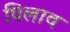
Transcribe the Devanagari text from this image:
पिलाव